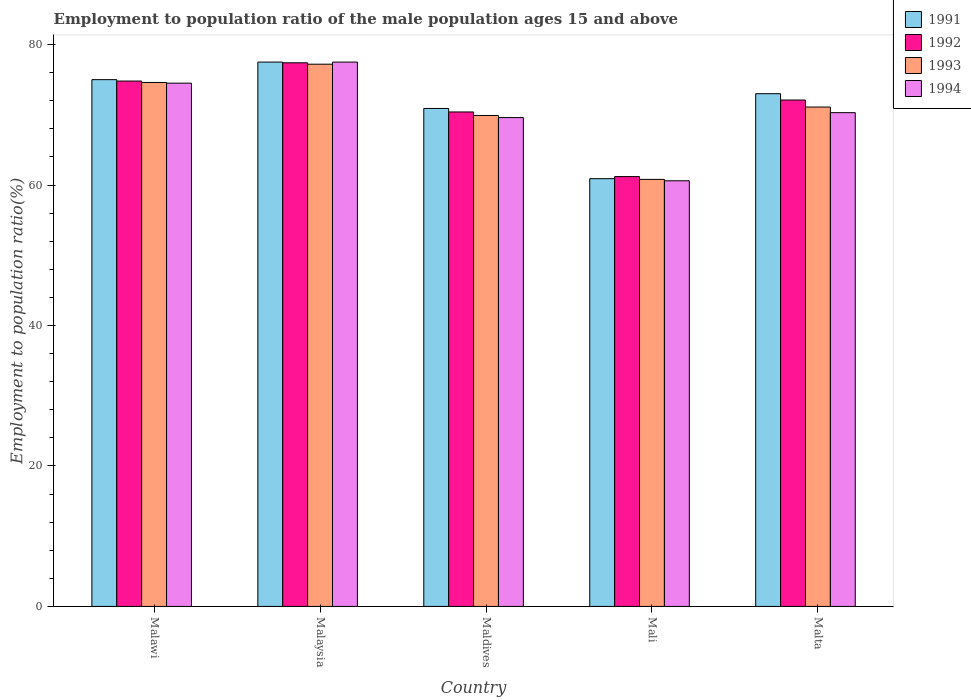
| Country | 1991 | 1992 | 1993 | 1994 |
 | --- | --- | --- | --- | --- |
 | Malawi | 75 | 74.8 | 74.6 | 74.5 |
 | Malaysia | 77.5 | 77.4 | 77.2 | 77.5 |
 | Maldives | 70.9 | 70.4 | 69.9 | 69.6 |
 | Mali | 60.9 | 61.2 | 60.8 | 60.6 |
 | Malta | 73 | 72.1 | 71.1 | 70.3 |